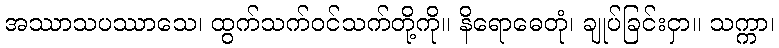
အဿာသပဿာသေ၊ ထွက်သက်ဝင်သက်တို့ကို။ နိရောဓေတုံ၊ ချုပ်ခြင်းငှာ။ သက္ကာ၊